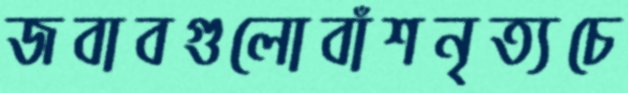
জবাবগুলোবাঁশনৃত্যচে